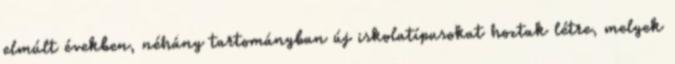
elmúlt években, néhány tartományban új iskolatípusokat hoztak létre, melyek